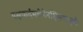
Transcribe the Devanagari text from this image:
यक्षकर्दमलेपेनक्षिप्त्वापुष्पैः